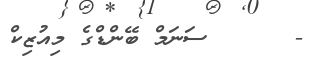
-      ސަނަމް ބޭންޑްގެ މިއުޒިކް